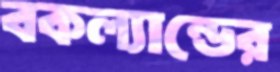
বকল্যান্ডের